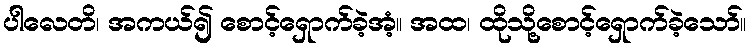
ပါလေတိ၊ အကယ်၍ စောင့်ရှောက်ခဲ့အံ့။ အထ၊ ထိုသို့စောင့်ရှောက်ခဲ့သော်။